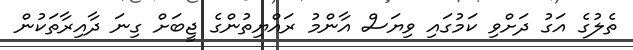
ތެލުގެ އަގު ދަށްވި ކަމުގައި ވިޔަސް އާންމު ރައްޔިތުންގެ ޖީބަށް ގިނަ ދާއިރާތަކުން